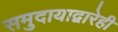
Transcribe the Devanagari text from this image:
समुदायाद्वारेही